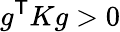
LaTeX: g^{\textsf{T}}Kg>0